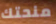
منحتك